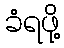
ခံရဖို့